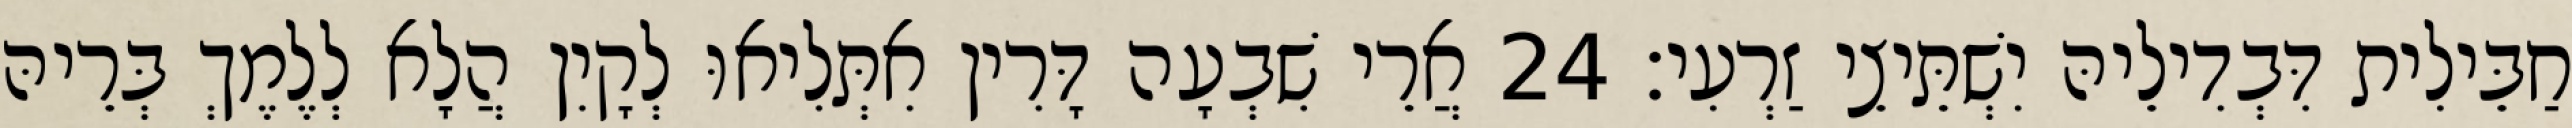
חַבֵּילִית דִּבְדִילֵיהּ יִשְׁתֵּיצֵי זַרְעִי׃ 24 אֲרֵי שִׁבְעָה דָּרִין אִתְּלִיאוּ לְקָיִן הֲלָא לְלֶמֶךְ בְּרֵיהּ